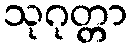
သုဂုတ္တာ